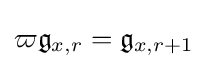
\varpi {\mathfrak {g}}_{x,r}={\mathfrak {g}}_{x,r+1}